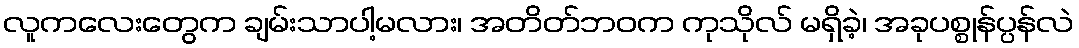
လူကလေးတွေက ချမ်းသာပါ့မလား၊ အတိတ်ဘဝက ကုသိုလ် မရှိခဲ့၊ အခုပစ္စုန်ပ္ပန်လဲ